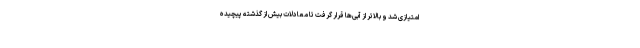
امتیازی شد و بالاتر از آبی‌ها قرار گرفت تا معادلات بیش از گذشته پیچیده